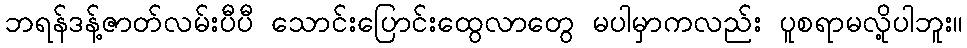
ဘရန်ဒန့်ဇာတ်လမ်းပီပီ သောင်းပြောင်းထွေလာတွေ မပါမှာကလည်း ပူစရာမလို့ပါဘူး။